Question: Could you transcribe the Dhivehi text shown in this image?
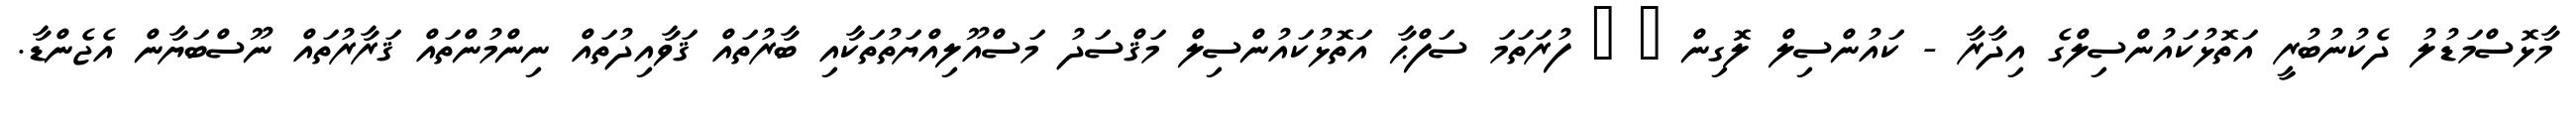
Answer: މާޅޮސްމަޑުލު ދެކުނުބުރީ އަތޮޅުކައުންސިލްގެ އިދާރާ - ކައުންސިލް ލޮގިން ? ? ފުރަތަމަ ސަފްޙާ އަތޮޅުކައުންސިލް މަޤްސަދު މަސްއޫލިއްޔަތުތަކާއި ބާރުތައް ޤަވާއިދުތައް ނިންމުންތައް ޤަރާރުތައް ނޫސްބަޔާން އެޖެންޑާ.